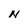
Character: N